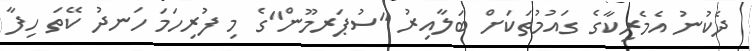
ދެކުނު އެމެރިކާގެ ގައުމުތަކަށް ބަލާއިރު "ސުޕަރމޫން"ގެ މި ފުރިހަމަ ހަނދު ކޭތަ ހިފާ